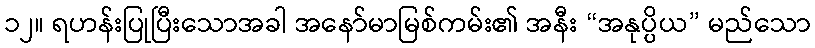
၁၂။ ရဟန်းပြုပြီးသောအခါ အနော်မာမြစ်ကမ်း၏ အနီး “အနုပ္ပိယ” မည်သော